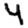
Digit: 4